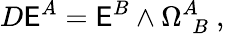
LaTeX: D\mathsf{E}^{A}=\mathsf{E}^{B}\wedge\Omega_{~~B}^{A}~,